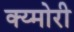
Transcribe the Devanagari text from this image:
क्य्मोरी